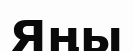
Яңы